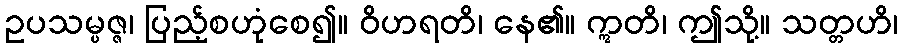
ဥပသမ္ပဇ္ဇ၊ ပြည့်စဟုံစေ၍။ ဝိဟရတိ၊ နေ၏။ ဣတိ၊ ဤသို့။ သတ္တဟိ၊